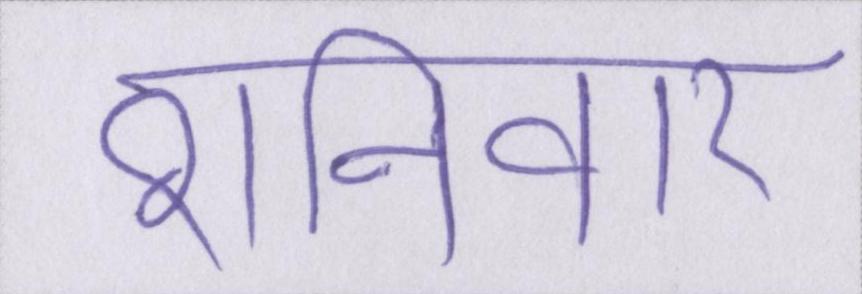
शनिवार